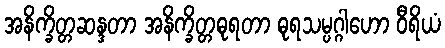
အနိက္ခိတ္တဆန္ဒတာ အနိက္ခိတ္တဓုရတာ ဓုရသမ္ပဂ္ဂါဟော ဝီရိယံ